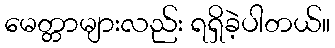
မေတ္တာများလည်း ရရှိခဲ့ပါတယ်။